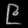
Digit: ၉